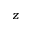
z